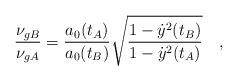
\begin{align*}\frac{\nu_{gB}}{\nu_{gA}}=\frac{a_0(t_A)}{a_0(t_B)}\sqrt{\frac{1-\dot{y}^2(t_B)}{1-\dot{y}^2(t_A)}} \quad ,\end{align*}